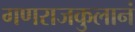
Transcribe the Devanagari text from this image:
गणराजकुलानं